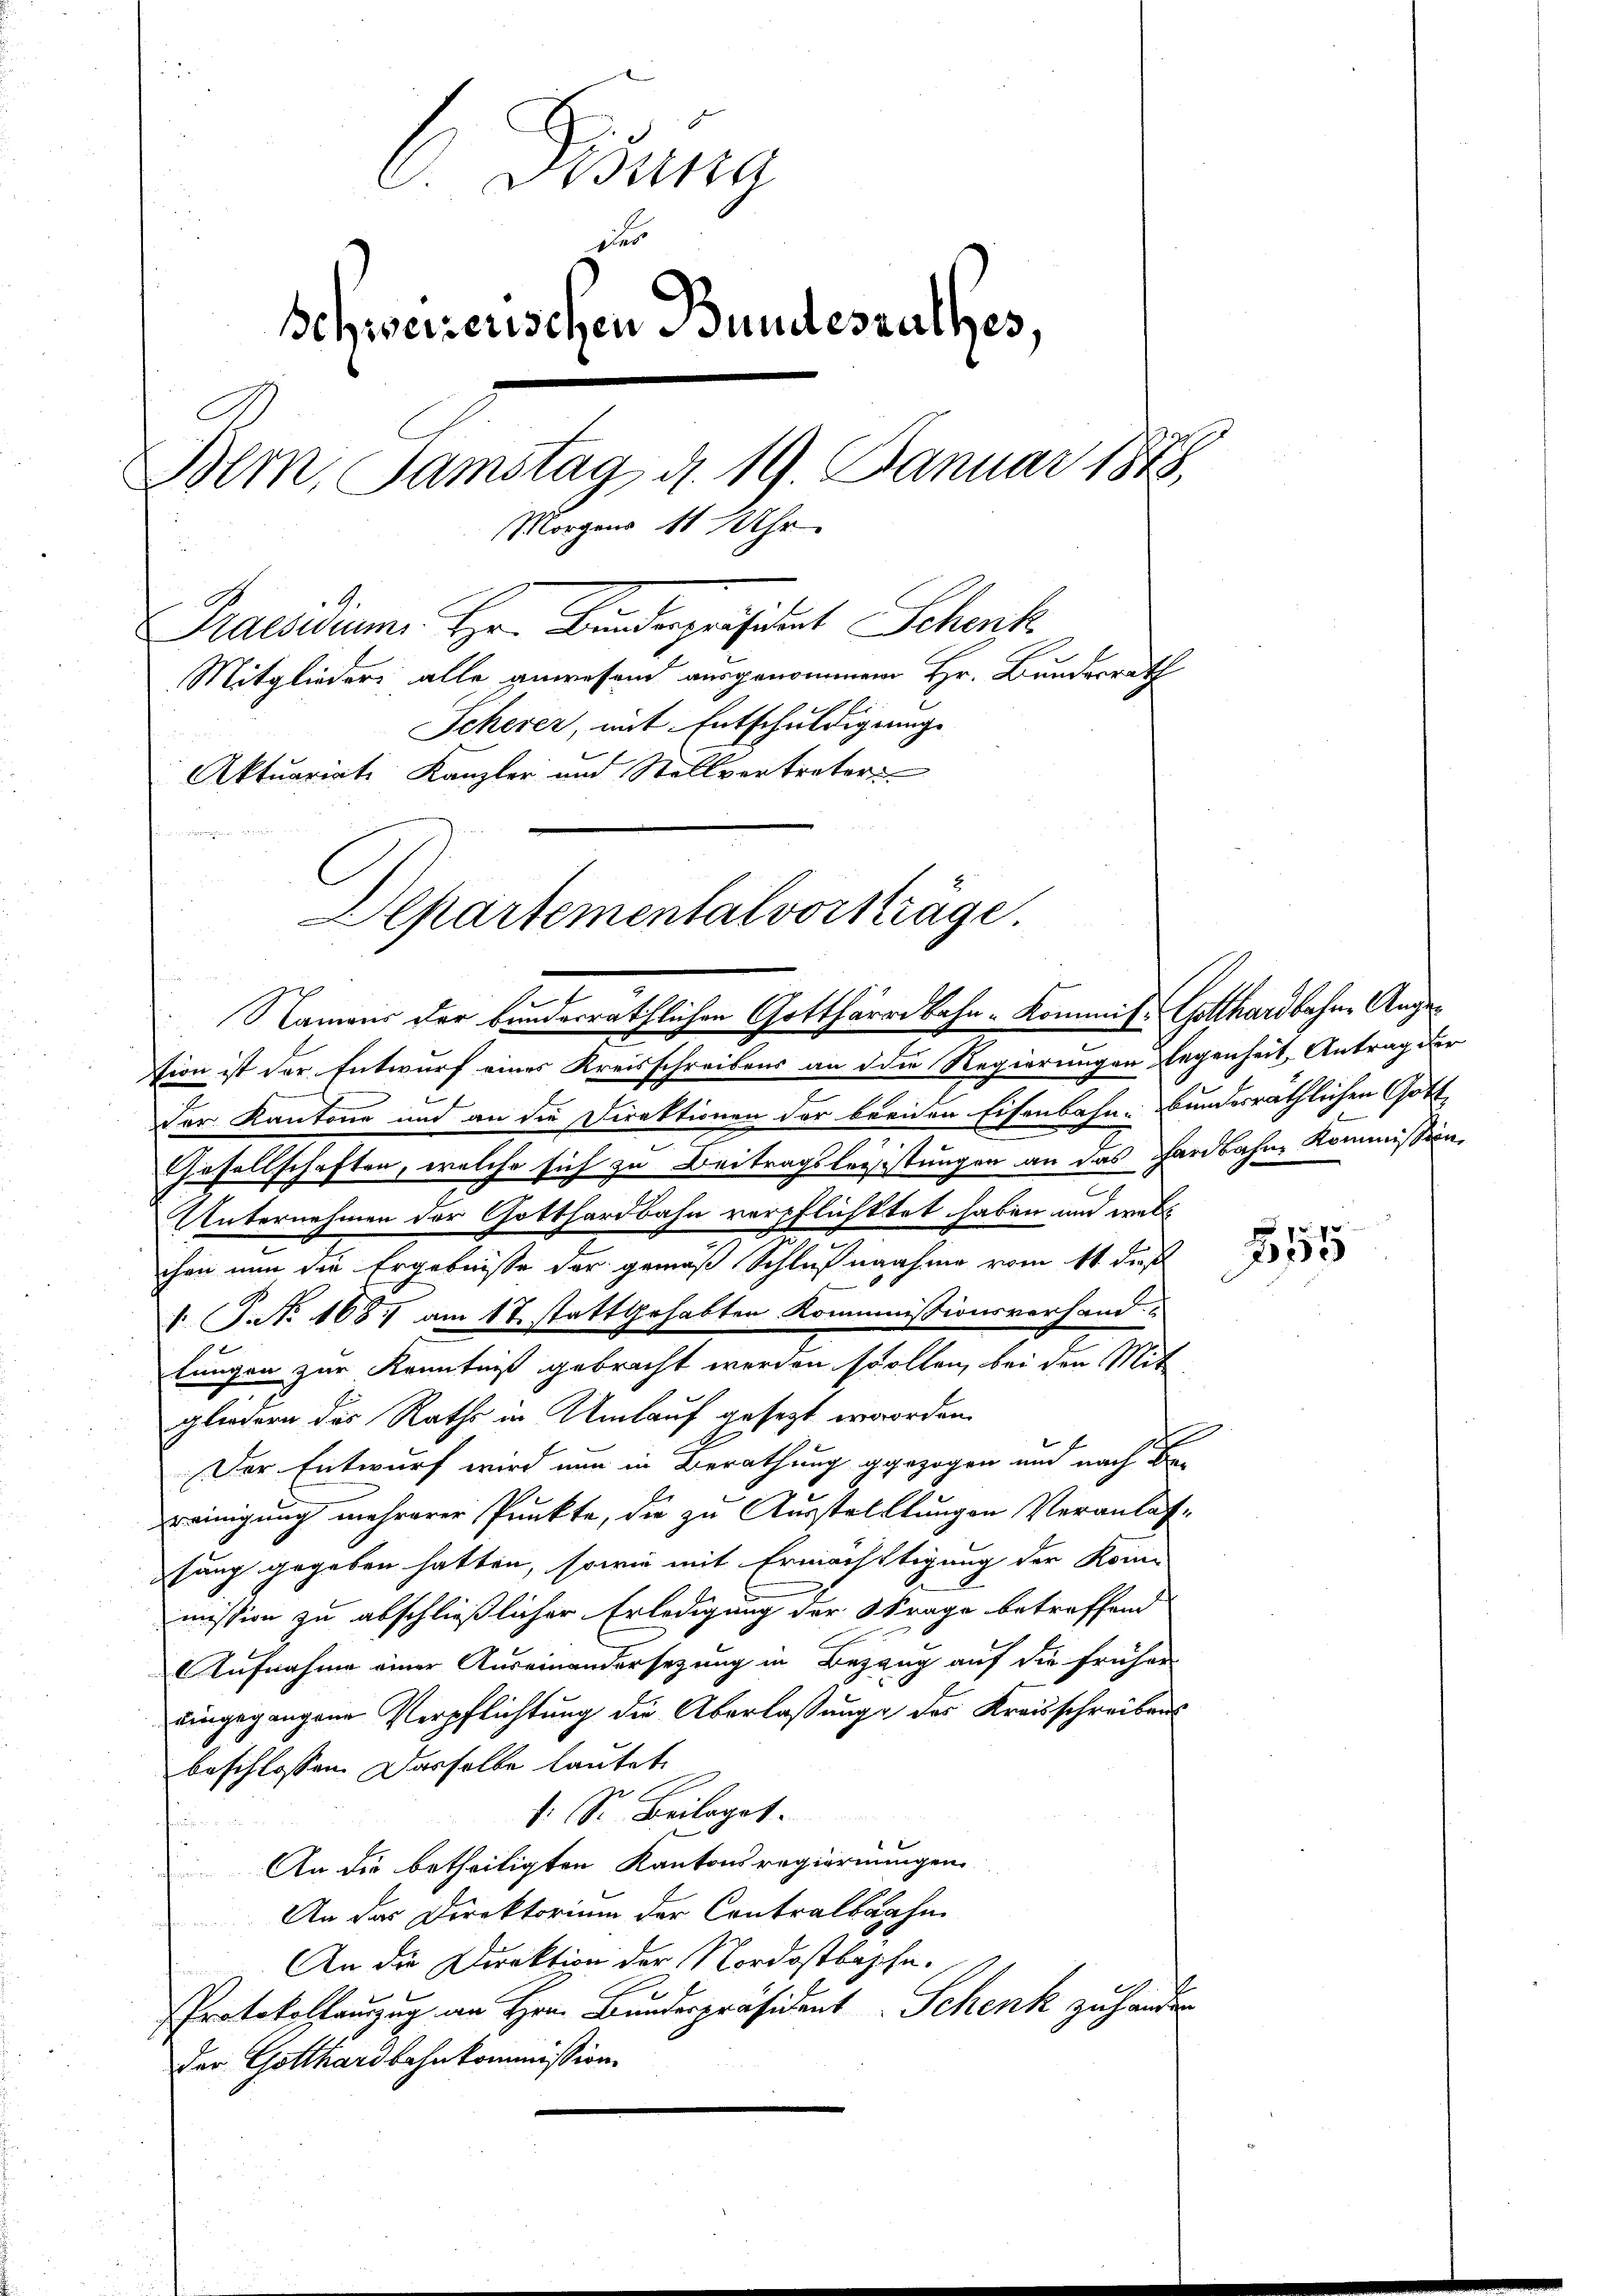
6 Fidung
Der
Schweisenschen Bundesrathes,
Bern, Samstag d. 19. Januar 1873.
Morgens 11 Uhr.
Pacidium Hr. Bundespräsident Schenk
Mitglieders alle anwesend ausgenommene Hr. Bundesrath
Scherer, mit Entschuldigung
Aktuariati, Kanzler und Stellvertreter

Departemental vorträge.
Namens der bunderräthlichen Gottharre Bahn- Kommis: Gotthardbahne Ange¬

tion ist der Entwurf eines Kreisschreibens an die Regierungen legenheit, Antrag der
Der Kantone und an die Direktionen der breiden Eisenbahn bundesräthlichen Gott,
e
Gesellschaften, welche sich zu Beitragslegistungen an das Hardbahne Kommission
Unternehmen der Gotthardbahn verpflichttet haben und wel
chen nun die Ergebnisse der gemäß Schlußnahme vom 11 dieß
1. P. No 168, am 17. stattgehabten Kommissionsverhand-
lungen zur Kenntniß gebracht werden sollen, bei den Mit
gliedern des Raths in Umlauf gesetzt erworden.
Der Entwurf wird nun in Berathung gezogen und nach Bereinigung mehrerer Punkte, die zu Ausstelllungen Veranlassung gegeben hatten, sowie mit Ermächtigung der Kom-
mission zu abschließlicher Erledigung der Strage betreffend
Aufnahme einer Auseinandersetzung in Begang auf die früher
eingegangene Verpflichtung die Überlaßung des Kreisschreibens
beschlossen. Dasselbe lautet.
1. Sr. Beilaget.
.
An die betheiligten Kantonsregierungen
An das Direktorium der Contralbahn
An die Direktion der Nordostbapche.
Protokollanzug an Hrn. Bundespräsident Schenk zu handen
Der Gotthardbahnkommission.

855